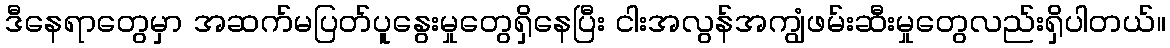
ဒီနေရာတွေမှာ အဆက်မပြတ်ပူနွေးမှုတွေရှိနေပြီး ငါးအလွန်အကျွံဖမ်းဆီးမှုတွေလည်းရှိပါတယ်။